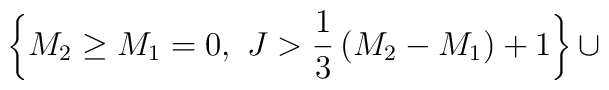
\left\{M_2\ge M_1=0,~J>{1\over 3}\left(M_2-M_1\right)+1\right\}\cup